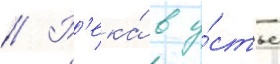
// Р'ека́ в у́стье